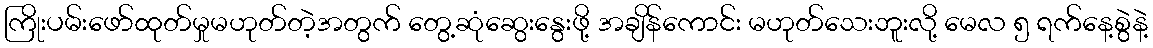
ကြိုးပမ်းဖော်ထုတ်မှုမဟုတ်တဲ့အတွက် တွေ့ဆုံဆွေးနွေးဖို့ အချိန်ကောင်း မဟုတ်သေးဘူးလို့ မေလ ၅ ရက်နေ့စွဲနဲ့